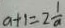
a + 1 = 2 \frac { 1 } { a }